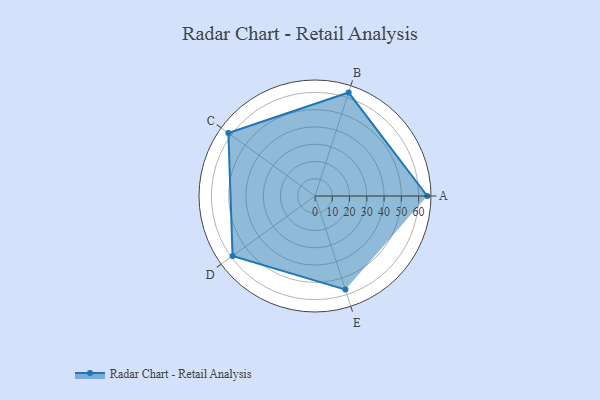
{"axis": {"x": "Skill", "y": "Score"}, "legend": ["Profile"], "data": [{"x": "A", "y": 65.0, "type": "Profile"}, {"x": "B", "y": 63.0, "type": "Profile"}, {"x": "C", "y": 62.0, "type": "Profile"}, {"x": "D", "y": 59.0, "type": "Profile"}, {"x": "E", "y": 57.0, "type": "Profile"}]}